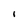
Character: I